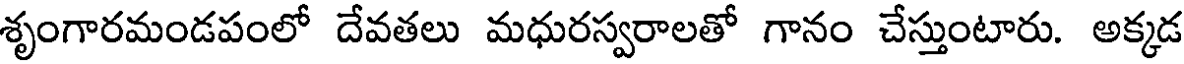
శృంగారమండపంలో దేవతలు మధురస్వరాలతో గానం చేస్తుంటారు. అక్కడ